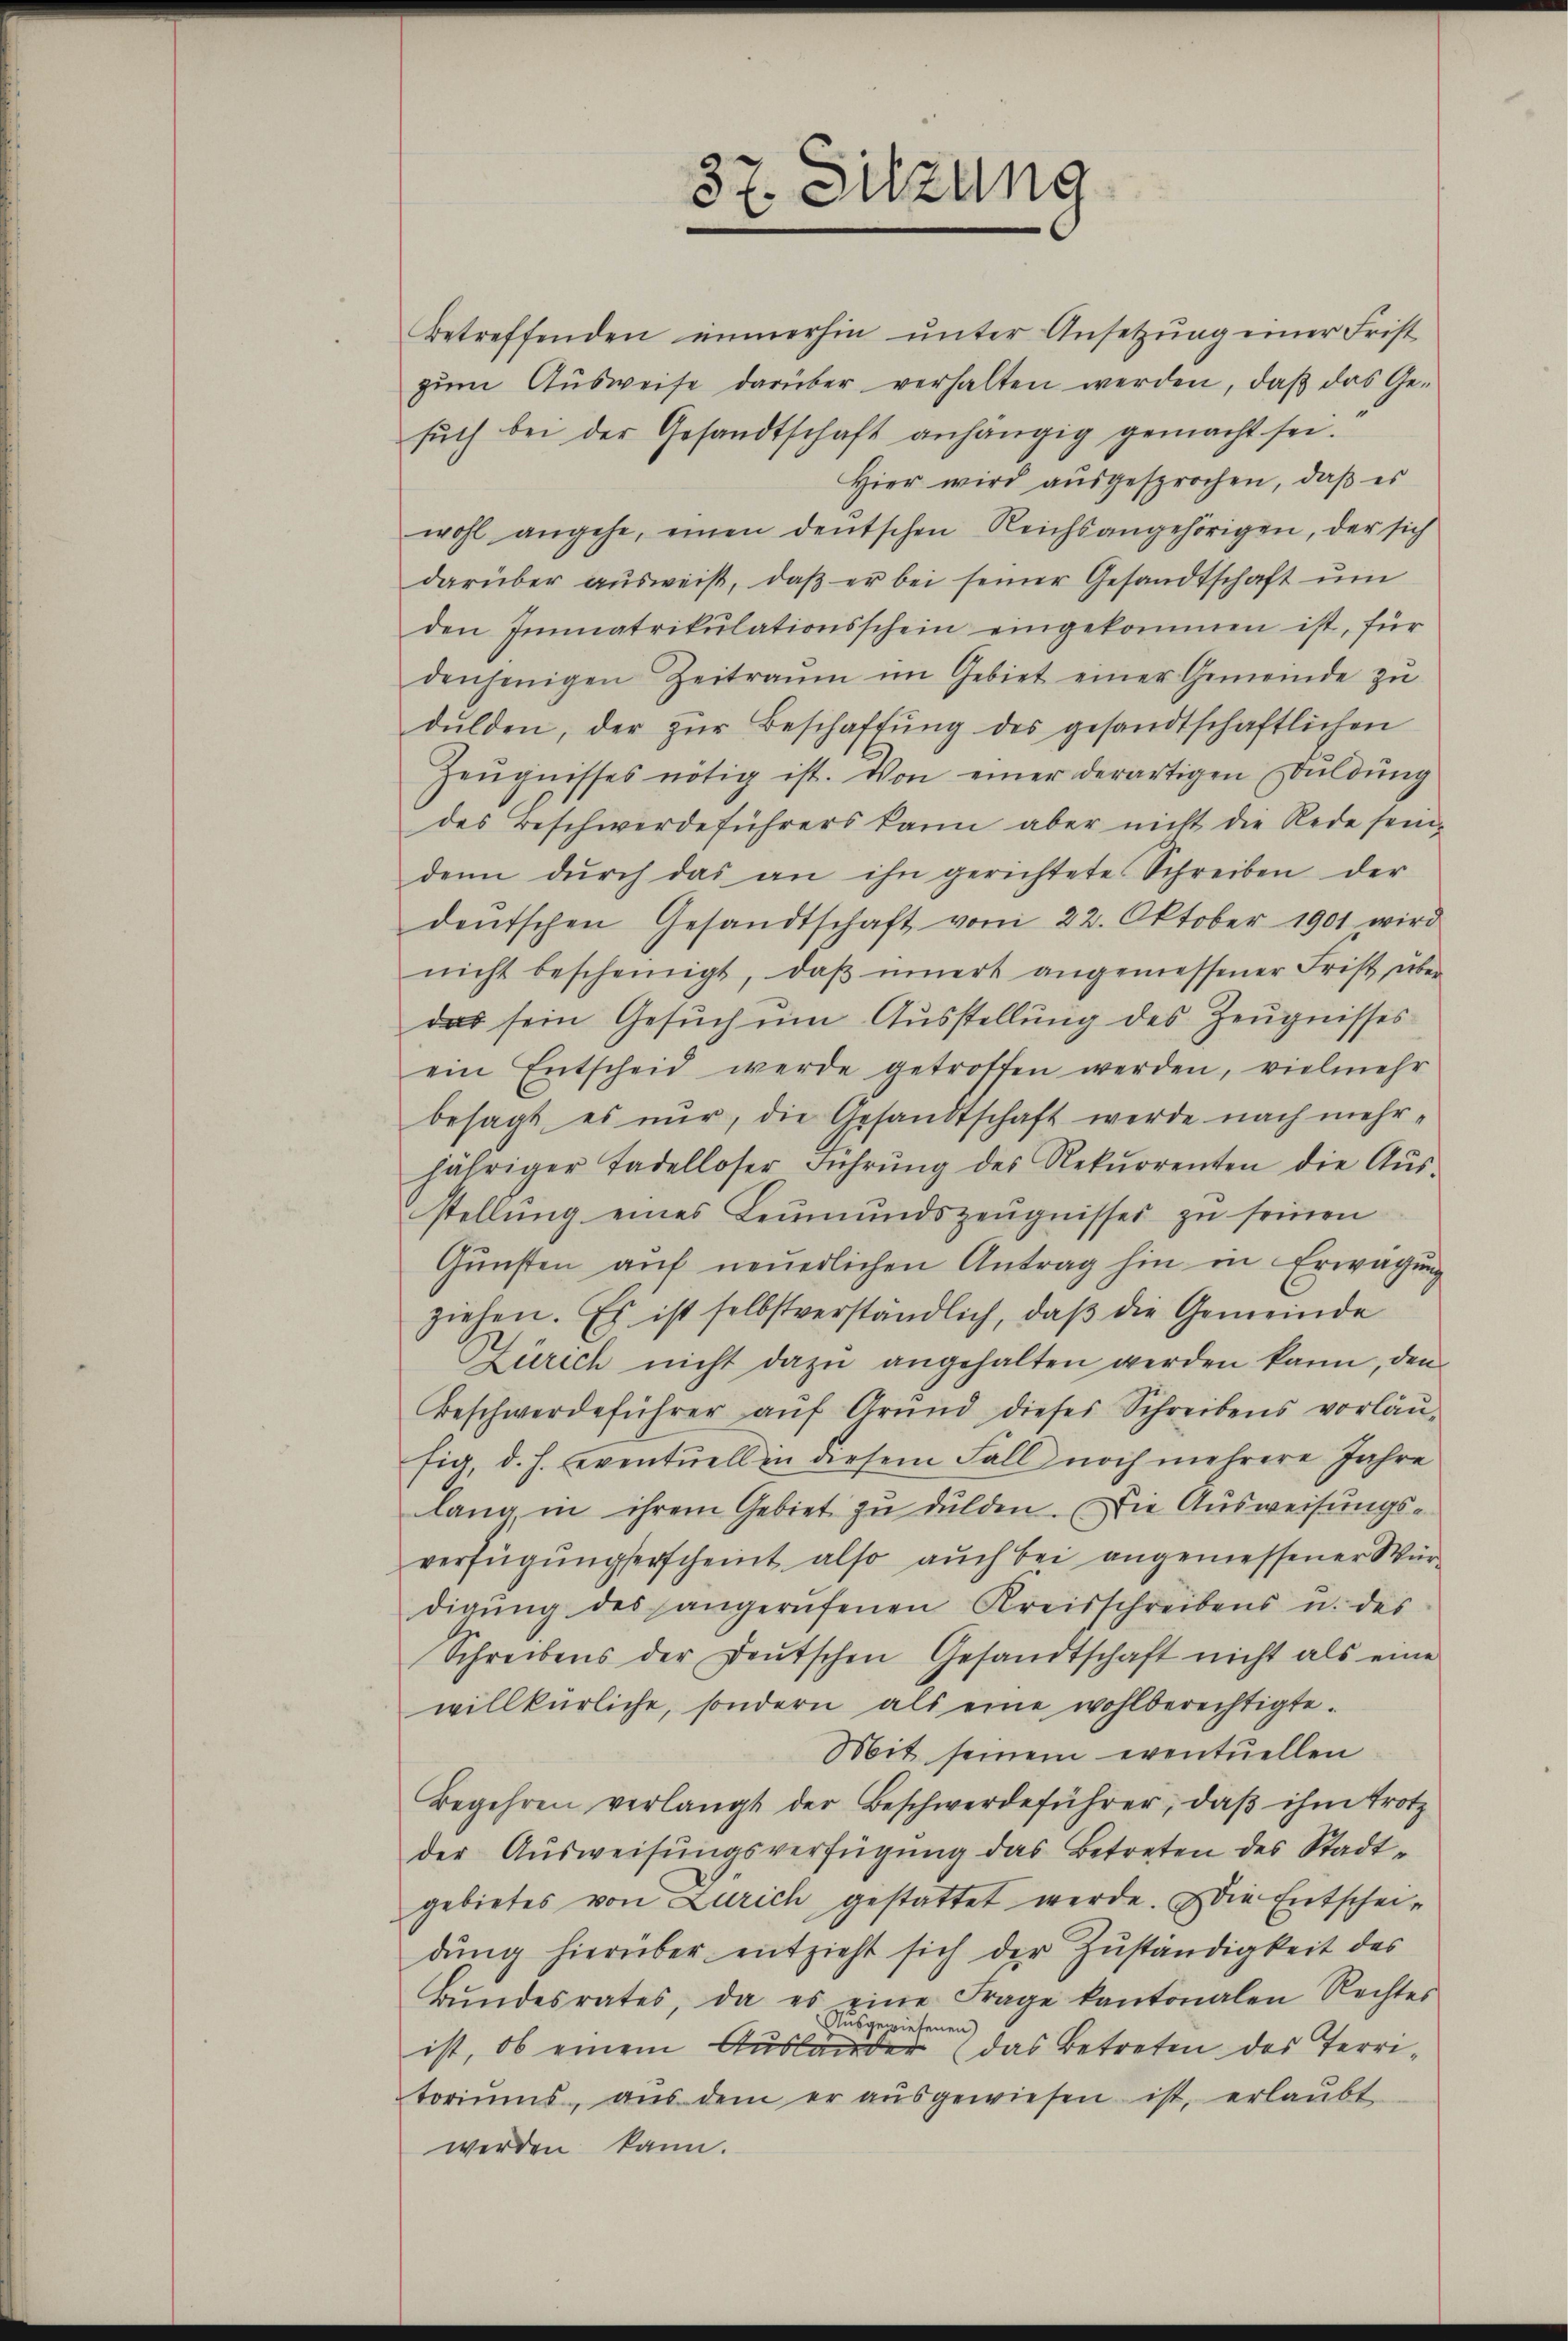
37. Sitzung
e

betreffenden immerhin ŭnter Ansetzung einer Frist
zŭm Aŭsweise darüber verhalten werden, daβ das Ge-
sŭch bei der Gesandtschaft anhängig gemacht sei.
Hier wird ausgesprochen, daß es
wohl angehe, einen deutschen Reichsangehörigen, der sich
darüber aŭsweis, daβ er bei seiner Gesandtschaft um
den Immatrikulationsschein eingekommen ist, für
denjenigen Zeitraum im Gebiet einer Gemeinde zu
dulden, der zŭr Beschaffŭng des gesandtschaftlichen
Zeŭgnisses nötig ist. Von einer derartigen Bŭldŭng
des Beschwerdeführers kann aber nicht die Rede sein-
denn dŭrch das an ihn gerichtete Schreiben der
dentschen Gesandtschaft vom 22. Oktober 1901 wird
nicht bescheinigt, daβ innert angemessener Frist über
das sein Gesuch um Ausstellung des Zeugnisses
ein Entscheid werde getroffen werden, vielmehr
besagt es nur, die Gesandtschaft werde nach mehr-
jähriger Tadelloser Führŭng des Rekŭrrenten die Aŭs-
stellung eines Leŭmŭndszeŭgnisses zu seinen
Gŭnsten aŭf neŭerlichen Antrag hin in Erwägŭng
ziehen. Es ist selbstverständlich, daβ die Gemeinde
Zürich nicht dazu angehalten werden kann, den
Beschwerdeführer aŭf Grŭnd dieses Schreibens vorläŭ-
fig, d. h. eventuell in diesem Fall noch mehrere Jahre
lang in ihrem Gebiet zu dulden. Die Ausweisungs-
verfügungserscheint also auch bei angemessener Würdigŭng des angerufenen Kreisschreibens u. des
Schreibens der Deutschen Gesandtschaft nicht als eine
willkürliche, sondern als eine wohlberechtigte.
Mit seinem eventuellen
Begehren verlangt der Beschwerdeführer, daβ ihm trotz
der Ausweisungsverfügung das Betreten des Stadtgebietes von Zürich gestattet werde. Die Entscheidung hierüber entzieht sich der Zuständigkeit des
Bŭndesrates, da es eine Frage kantonalen Rechtes
Ausgewiesenen)
ist, ob einem Ausländer (das Betreten des Territoriums aŭs dem er aŭsgewiesen ist, erlaŭbt
werden kann.